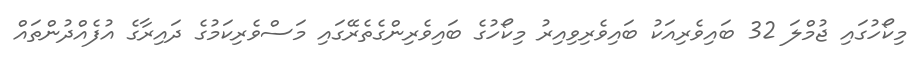
މިކޯހުގައި ޖުމްލަ 32 ބައިވެރިއަކު ބައިވެރިވިއިރު މިކޯހުގެ ބައިވެރިންގެތެރޭގައި މަސްވެރިކަމުގެ ދައިރާގެ އުފެއްދުންތައް